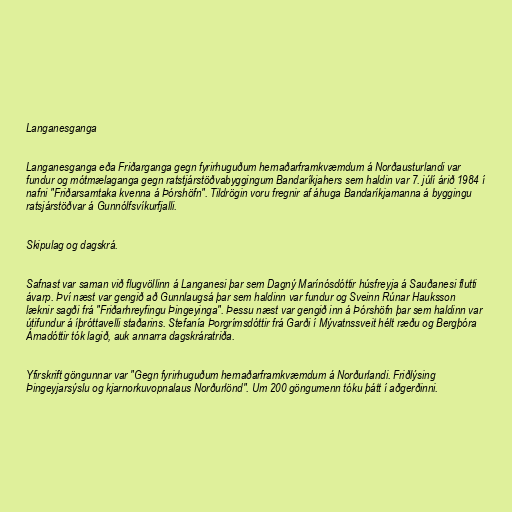
Langanesganga

Langanesganga eða Friðarganga gegn fyrirhuguðum hernaðarframkvæmdum á Norðausturlandi var
fundur og mótmælaganga gegn ratstjárstöðvabyggingum Bandaríkjahers sem haldin var 7. júlí árið 1984 í
nafni "Friðarsamtaka kvenna á Þórshöfn". Tildrögin voru fregnir af áhuga Bandaríkjamanna á byggingu
ratsjárstöðvar á Gunnólfsvíkurfjalli.

Skipulag og dagskrá.

Safnast var saman við flugvöllinn á Langanesi þar sem Dagný Marínósdóttir húsfreyja á Sauðanesi flutti
ávarp. Því næst var gengið að Gunnlaugsá þar sem haldinn var fundur og Sveinn Rúnar Hauksson
læknir sagði frá "Friðarhreyfingu Þingeyinga". Þessu næst var gengið inn á Þórshöfn þar sem haldinn var
útifundur á íþróttavelli staðarins. Stefanía Þorgrímsdóttir frá Garði í Mývatnssveit hélt ræðu og Bergþóra
Árnadóttir tók lagið, auk annarra dagskráratriða.

Yfirskrift göngunnar var "Gegn fyrirhuguðum hernaðarframkvæmdum á Norðurlandi. Friðlýsing
Þingeyjarsýslu og kjarnorkuvopnalaus Norðurlönd". Um 200 göngumenn tóku þátt í aðgerðinni.